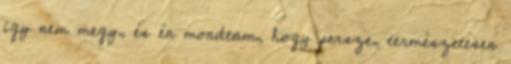
így nem megy, és én mondtam, hogy persze, természetesen